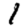
Digit: 1